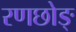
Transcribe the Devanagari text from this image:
रणछोङ्